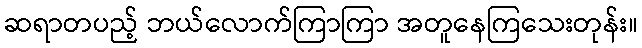
ဆရာတပည့် ဘယ်လောက်ကြာကြာ အတူနေကြသေးတုန်း။